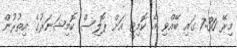
މިރޭ 7:30 ގައި ބޭއްވި އެ ކޮމިޓީ އަށް ޕޮލިސް ކޮމިޝަނަރުގެ އިތުރުން